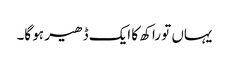
یہاں تو راکھ کا ایک ڈھیر ہو گا۔